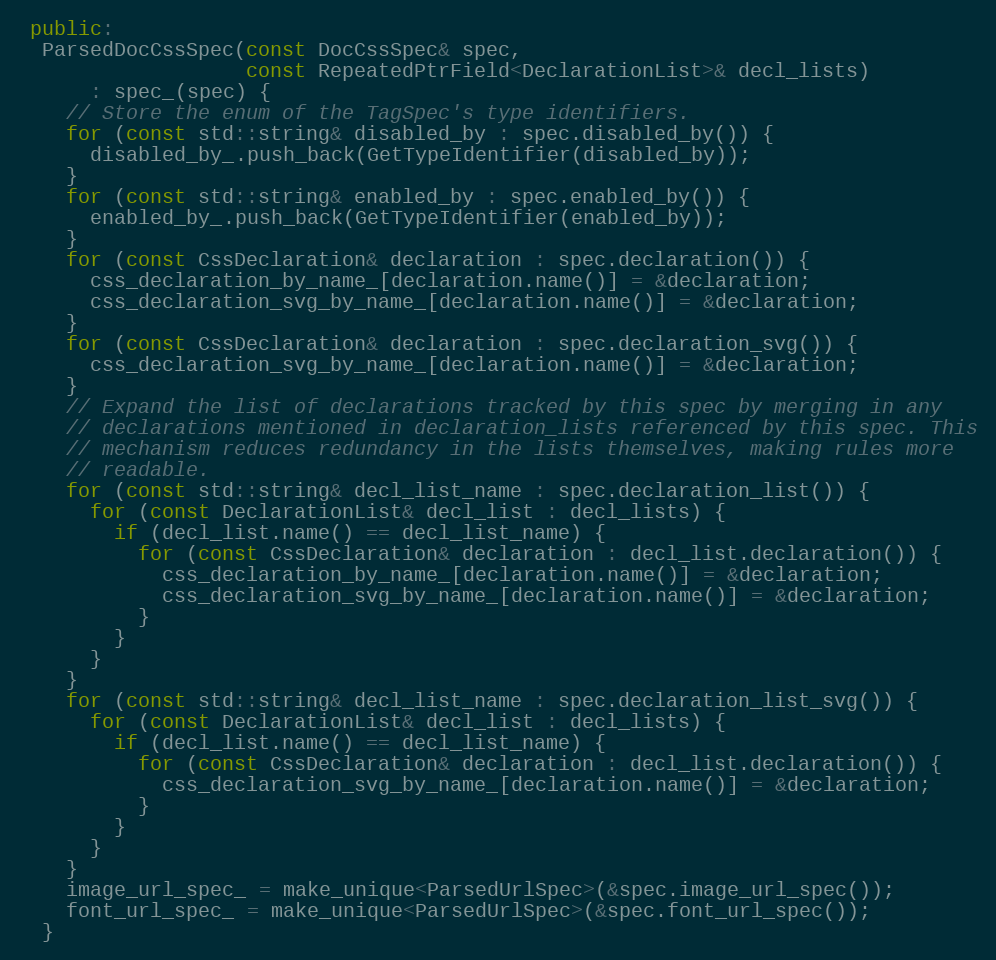
Language: C++
 public:
  ParsedDocCssSpec(const DocCssSpec& spec,
                   const RepeatedPtrField<DeclarationList>& decl_lists)
      : spec_(spec) {
    // Store the enum of the TagSpec's type identifiers.
    for (const std::string& disabled_by : spec.disabled_by()) {
      disabled_by_.push_back(GetTypeIdentifier(disabled_by));
    }
    for (const std::string& enabled_by : spec.enabled_by()) {
      enabled_by_.push_back(GetTypeIdentifier(enabled_by));
    }
    for (const CssDeclaration& declaration : spec.declaration()) {
      css_declaration_by_name_[declaration.name()] = &declaration;
      css_declaration_svg_by_name_[declaration.name()] = &declaration;
    }
    for (const CssDeclaration& declaration : spec.declaration_svg()) {
      css_declaration_svg_by_name_[declaration.name()] = &declaration;
    }
    // Expand the list of declarations tracked by this spec by merging in any
    // declarations mentioned in declaration_lists referenced by this spec. This
    // mechanism reduces redundancy in the lists themselves, making rules more
    // readable.
    for (const std::string& decl_list_name : spec.declaration_list()) {
      for (const DeclarationList& decl_list : decl_lists) {
        if (decl_list.name() == decl_list_name) {
          for (const CssDeclaration& declaration : decl_list.declaration()) {
            css_declaration_by_name_[declaration.name()] = &declaration;
            css_declaration_svg_by_name_[declaration.name()] = &declaration;
          }
        }
      }
    }
    for (const std::string& decl_list_name : spec.declaration_list_svg()) {
      for (const DeclarationList& decl_list : decl_lists) {
        if (decl_list.name() == decl_list_name) {
          for (const CssDeclaration& declaration : decl_list.declaration()) {
            css_declaration_svg_by_name_[declaration.name()] = &declaration;
          }
        }
      }
    }
    image_url_spec_ = make_unique<ParsedUrlSpec>(&spec.image_url_spec());
    font_url_spec_ = make_unique<ParsedUrlSpec>(&spec.font_url_spec());
  }